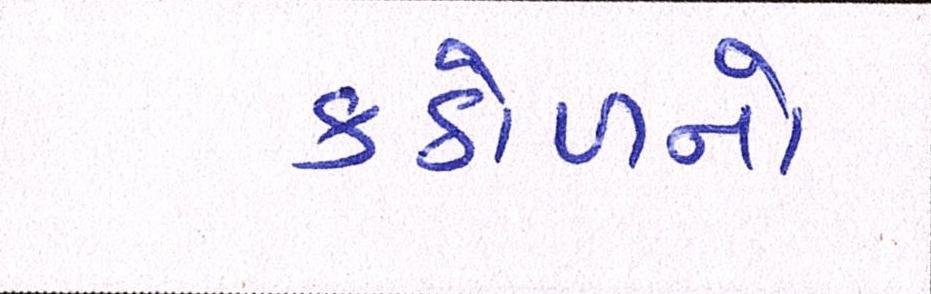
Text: કઠોળનો